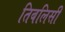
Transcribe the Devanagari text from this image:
तिबलिसी